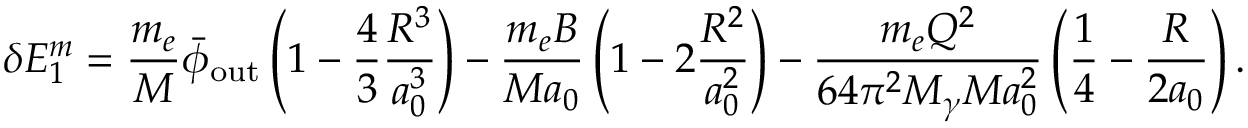
\delta E _ { 1 } ^ { m } = \frac { m _ { e } } { M } \bar { \phi } _ { \mathrm { o u t } } \left( 1 - \frac { 4 } { 3 } \frac { R ^ { 3 } } { a _ { 0 } ^ { 3 } } \right) - \frac { m _ { e } B } { M a _ { 0 } } \left( 1 - 2 \frac { R ^ { 2 } } { a _ { 0 } ^ { 2 } } \right) - \frac { m _ { e } Q ^ { 2 } } { 6 4 \pi ^ { 2 } M _ { \gamma } M a _ { 0 } ^ { 2 } } \left( \frac { 1 } { 4 } - \frac { R } { 2 a _ { 0 } } \right) .